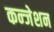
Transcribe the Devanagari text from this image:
कन्जेशन